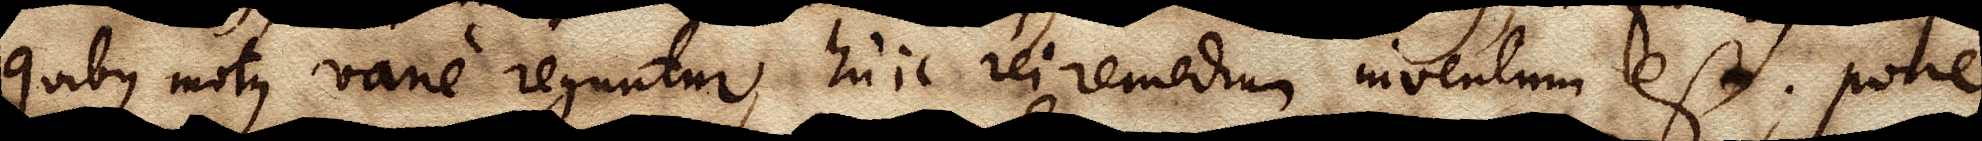
quibus motus varie reguntur, huic rei remedium inventum est. pone